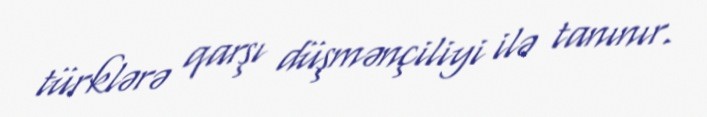
türklərə qarşı düşmənçiliyi ilə tanınır.